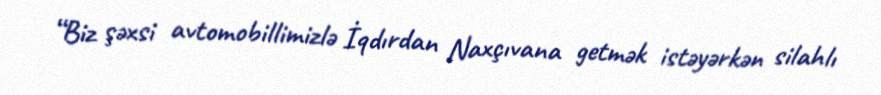
“Biz şəxsi avtomobillimizlə İqdırdan Naxçıvana getmək istəyərkən silahlı